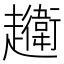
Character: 𧾦